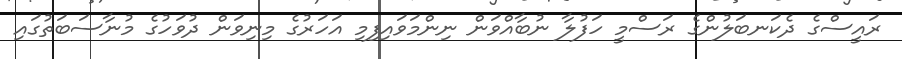
ރައީސްގެ ދެކަނބަލުންގެ ރަސްމީ ހަފުލާ ނުބާއްވަން ނިންމަވައިފިމި އަހަރުގެ މިނިވަން ދުވަހުގެ މުނާސަބަތުގައި